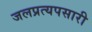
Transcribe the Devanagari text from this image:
जलप्रत्यपसारी